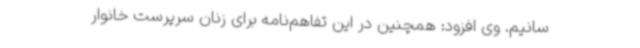
سانیم. وی افزود: همچنین در این تفاهم‌نامه برای زنان سرپرست خانوار